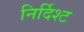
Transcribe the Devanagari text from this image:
निर्दिश्ट